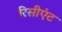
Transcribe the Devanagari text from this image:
रिसीएंट